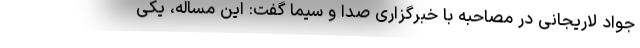
جواد لاریجانی در مصاحبه با خبرگزاری صدا و سیما گفت: این مساله، یکی